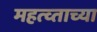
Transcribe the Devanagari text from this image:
महत्व्ताच्या